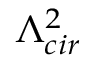
\Lambda _ { c i r } ^ { 2 }